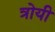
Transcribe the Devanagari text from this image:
त्रोयी